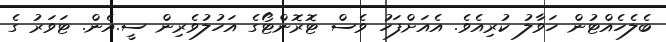
ބެލެހެއްޓުން ހަވާލު ކުރިއެވެ. އެއަށްފަހު ވެސް ޓޮރޮންޓޯގެ އަހުލުވެރިން ސީ.އެން. ޓަވަރު ގެ